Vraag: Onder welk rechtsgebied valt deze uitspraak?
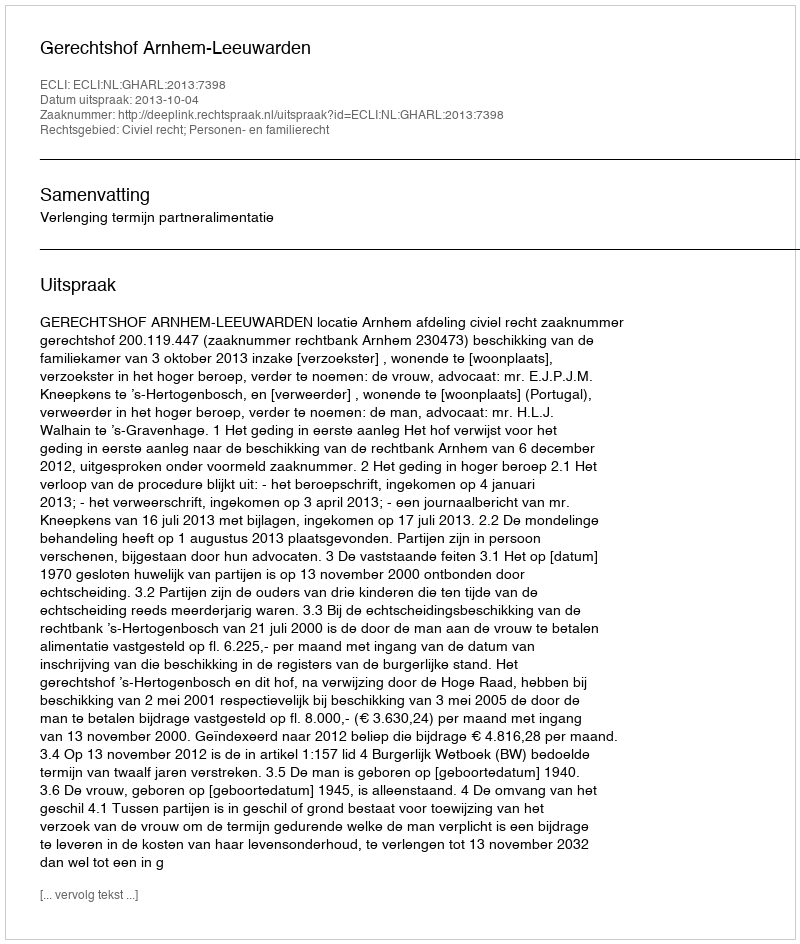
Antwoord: Civiel recht; Personen- en familierecht